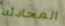
المحادثه